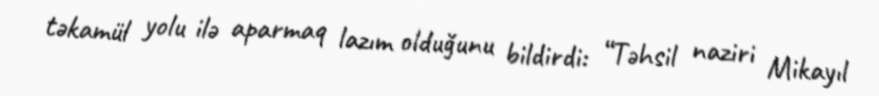
təkamül yolu ilə aparmaq lazım olduğunu bildirdi: “Təhsil naziri Mikayıl